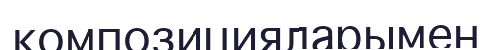
композицияларымен